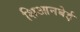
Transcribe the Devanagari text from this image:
शिआनबेई